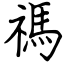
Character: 禡